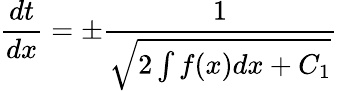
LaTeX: {\frac{dt}{dx}}=\pm{\frac{1}{\sqrt{2\int f(x)dx+C_{1}}}}